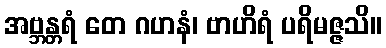
အဗ္ဘန္တရံ တေ ဂဟနံ၊ ဗာဟိရံ ပရိမဇ္ဇသိ။